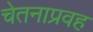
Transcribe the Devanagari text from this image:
चेतनाप्रवह